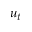
u _ { t }